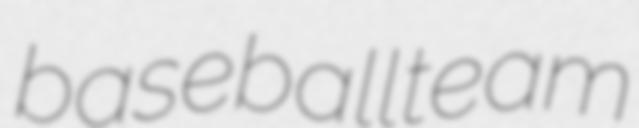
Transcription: baseball team